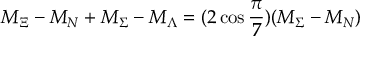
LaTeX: M _ { \Xi } - M _ { N } + M _ { \Sigma } - M _ { \Lambda } = ( 2 \cos \frac \pi 7 ) ( M _ { \Sigma } - M _ { N } )